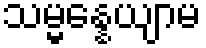
သမ္မန္နေယျာမ